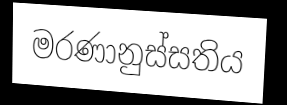
මරණානුස්සතිය